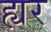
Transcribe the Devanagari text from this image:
ह्यर